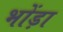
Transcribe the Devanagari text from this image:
भोंड़ा